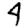
Digit: 4